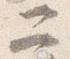
二